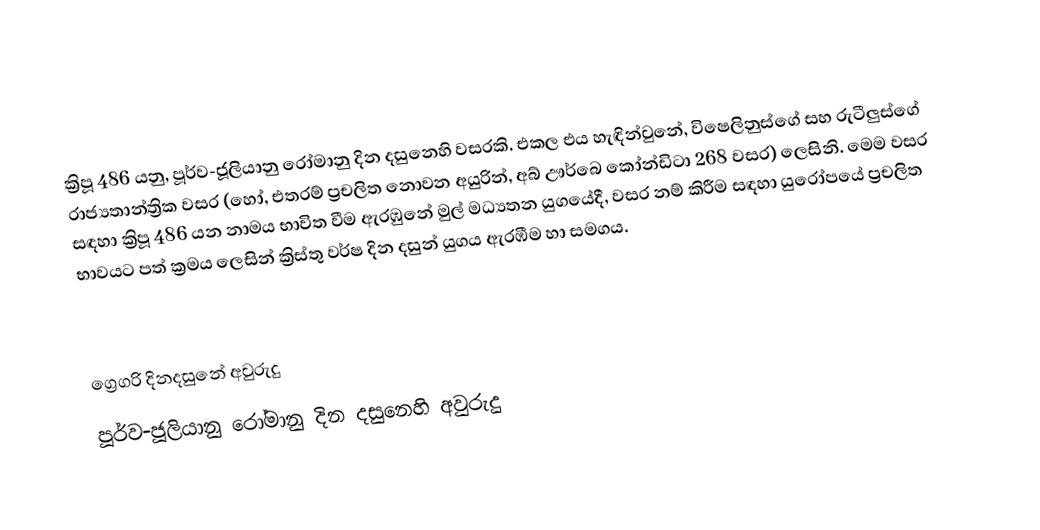

ක්‍රිපූ 486 යනු, පූර්ව-ජූලියානු රෝමානු දින දසුනෙහි වසරකි. එකල එය හැඳින්වුනේ, විෂෙලිනුස්ගේ සහ රුටීලුස්ගේ රාජ්‍යතාන්ත්‍රික වසර (හෝ, එතරම් ප්‍රචලිත නොවන අයුරින්, අබ් ඌර්බෙ කෝන්ඩිටා 268 වසර) ලෙසිනි. මෙම වසර සඳහා ක්‍රිපූ 486 යන නාමය භාවිත වීම ඇරඹුනේ මුල්  මධ්‍යතන යුගයේදී, වසර නම් කිරීම සඳහා යුරෝපයේ ප්‍රචලිත භාවයට පත් ක්‍රමය ලෙසින් ක්‍රිස්තු වර්ෂ දින දසුන් යුගය ඇරඹීම හා සමගය.

ග්‍රෙගරි දිනදසුනේ අවුරුදු
පූර්ව-ජූලියානු රෝමානු දින දසුනෙහි අවුරුදු